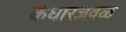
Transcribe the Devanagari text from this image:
कंधारजवळ